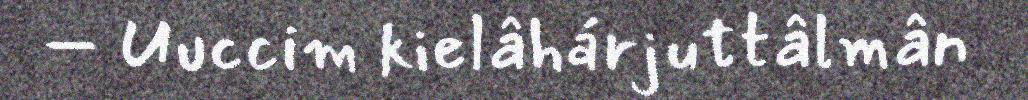
– Uuccim kielâhárjuttâlmân